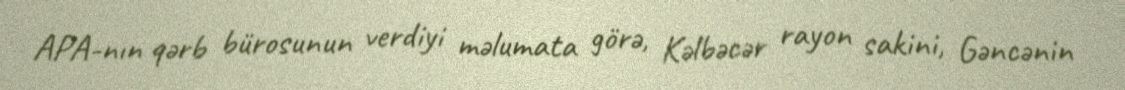
APA-nın qərb bürosunun verdiyi məlumata görə, Kəlbəcər rayon sakini, Gəncənin